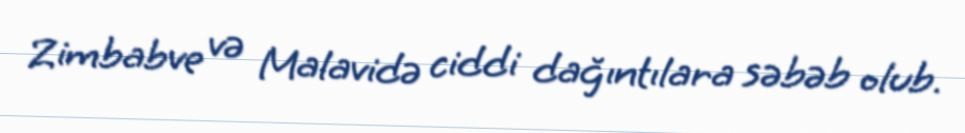
Zimbabve və Malavidə ciddi dağıntılara səbəb olub.